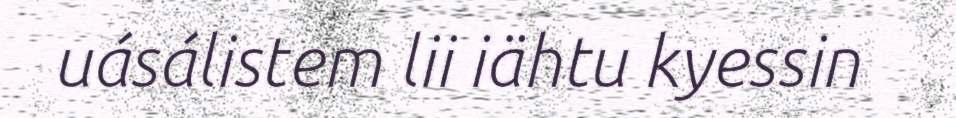
uásálistem lii iähtu kyessin